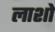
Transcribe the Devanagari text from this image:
लाशो